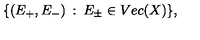
\{ ( E _ { + } , E _ { - } ) \: : \: E _ { \pm } \in V e c ( X ) \} ,